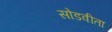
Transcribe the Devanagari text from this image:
सोडवीता